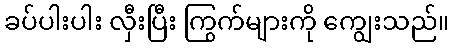
ခပ်ပါးပါး လှီးပြီး ကြွက်များကို ကျွေးသည်။